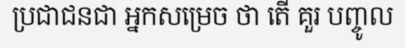
ប្រជាជនជា អ្នកសម្រេច ថា តើ គួរ បញ្ចូល